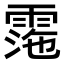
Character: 𩃰